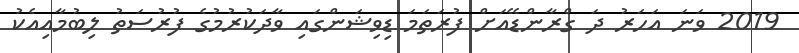
2019 ވަނަ އަހަރު ދަ ގްރާންޑޭއަށް ފުރަތަމަ ޑިވިޝަންގައި ވާދަކުރުމުގެ ފުރުސަތު ލިބުމާއިއެކު